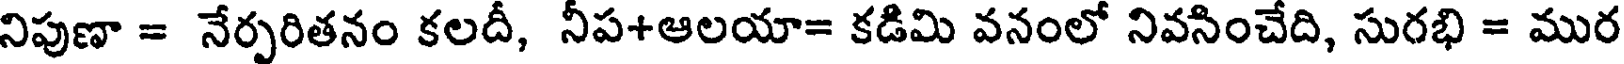
నిపుణా = నేర్పరితనం కలదీ, నీప+ఆలయా= కడిమి వనంలో నివసించేది, సురభి = ముర